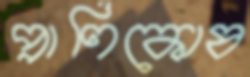
প্রাণিকোষ